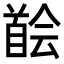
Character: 𩠠